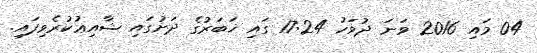
04 މައި 2016 ވަނަ ދުވަހު 17:24 ގައި ޚަބަރުގެ ދަށުގައި ޝާއިޢުކުރެވިފައި.